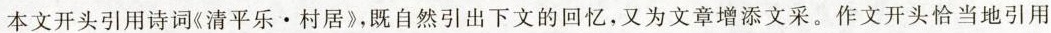
本文开头引用诗词《清平乐。村居》，既自然引出下文的回忆，又为文章增添文采。作文开头恰当地引用